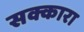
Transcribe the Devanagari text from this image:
सक्कारा